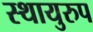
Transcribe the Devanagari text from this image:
स्थायुरुप